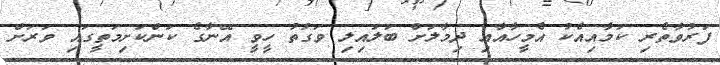
ފަރުވާތެރި ކަމާއިއެކު އެމީހާއާއި ދިމާލަށް ބަލައިލި ވަގުތު ހީވީ އޭނާގެ ކަންކަށިމަތީގައި ވަރަށް